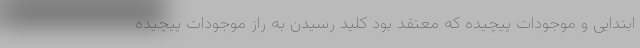
ابتدایی و موجودات پیچیده که معتقد بود کلید رسیدن به راز موجودات پیچیده